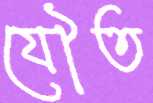
যৌত